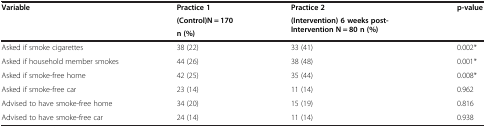
<table><thead><tr><td><b>Variable</b></td><td><b>Practice 1</b></td><td><b>Practice 2</b></td><td><b>p-value</b></td></tr><tr><td><b> </b></td><td><b>(Control)N = 170</b></td><td><b>(Intervention) 6 weeks post-Intervention N = 80 n (%)</b></td><td><b> </b></td></tr><tr><td><b> </b></td><td><b>n (%)</b></td><td><b> </b></td><td><b> </b></td></tr></thead><tbody><tr><td>Asked if smoke cigarettes</td><td>38 (22)</td><td>33 (41)</td><td>0.002*</td></tr><tr><td>Asked if household member smokes</td><td>44 (26)</td><td>38 (48)</td><td>0.001*</td></tr><tr><td>Asked if smoke-free home</td><td>42 (25)</td><td>35 (44)</td><td>0.008*</td></tr><tr><td>Asked if smoke-free car</td><td>23 (14)</td><td>11 (14)</td><td>0.962</td></tr><tr><td>Advised to have smoke-free home</td><td>34 (20)</td><td>15 (19)</td><td>0.816</td></tr><tr><td>Advised to have smoke-free car</td><td>24 (14)</td><td>11 (14)</td><td>0.938</td></tr></tbody></table>